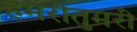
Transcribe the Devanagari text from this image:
हमरीतुमरी